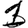
Digit: 1